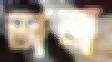
ডানা